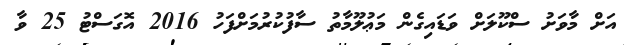
އަށް މާވަށު ސްކޫލަށް ވަޑައިގެން މަޢުލޫމާތު ސާފުކުރުމަށްފަހު 2016 އޮގަސްޓު 25 ވާ